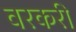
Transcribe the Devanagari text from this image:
वरकरी